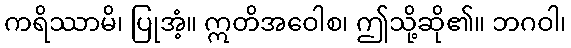
ကရိဿာမိ၊ ပြုအံ့။ ဣတိအဝေါစ၊ ဤသို့ဆို၏။ ဘဂဝါ၊